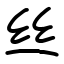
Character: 丝